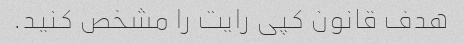
هدف قانون کپی رایت را مشخص کنید.